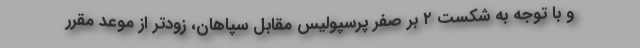
و با توجه به شکست ۲ بر صفر پرسپولیس مقابل سپاهان، زودتر از موعد مقرر